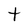
Character: t